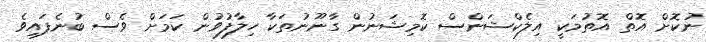
ނުކޮށް އޮތް އޮތުމަކީ އިލެކްޝަންސް ކޮމިޝަނުން ގާނޫނުތަކާ ހިލާފުވުން ކަމަށް ވެސް ބުނެފައިވެ